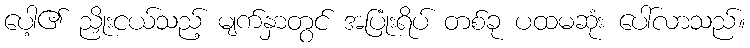
ပေါ့၏ ညှိုးငယ်သည့် မျက်နှာတွင် အပြုံးရိပ် တစ်ခု ပထမဆုံး ပေါ်လာသည်။